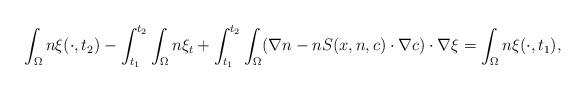
LaTeX: \begin{align*}\int_{\Omega}n\xi(\cdot, t_{2})-\int_{t_{1}}^{t_{2}}\int_{\Omega}n\xi_{t}+\int_{t_{1}}^{t_{2}}\int_{\Omega}(\nabla n - n S(x,n,c) \cdot \nabla c)\cdot \nabla \xi=\int_{\Omega}n\xi(\cdot, t_{1}),\end{align*}